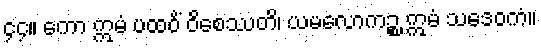
၄၄။ ကော ဣမံ ပထဝိံ ဝိစေဿတိ၊ ယမလောကဉ္စ ဣမံ သဒေဝကံ။